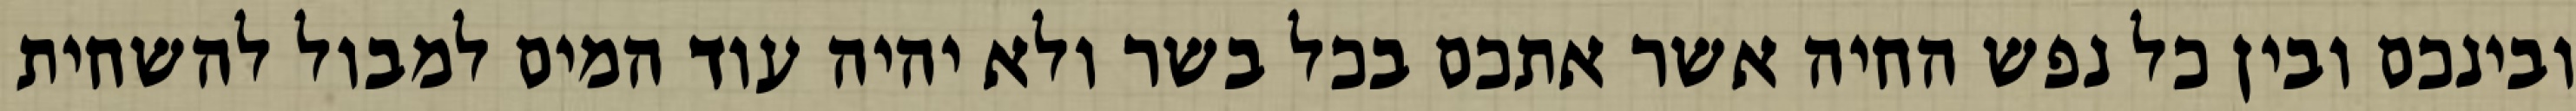
ובינכם ובין כל נפש החיה אשר אתכם בכל בשר ולא יהיה עוד המים למבול להשחית